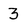
Character: 3